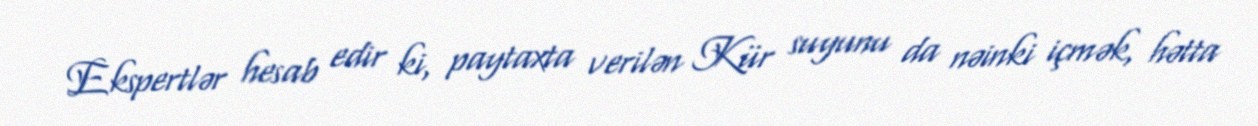
Ekspertlər hesab edir ki, paytaxta verilən Kür suyunu da nəinki içmək, hətta